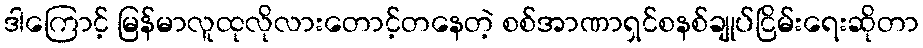
ဒါကြောင့် မြန်မာလူထုလိုလားတောင့်တနေတဲ့ စစ်အာဏာရှင်စနစ်ချုပ်ငြိမ်းရေးဆိုတာ